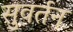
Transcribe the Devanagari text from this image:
सुवर्तन